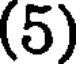
(5)